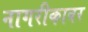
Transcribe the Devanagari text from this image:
नागरीकावर